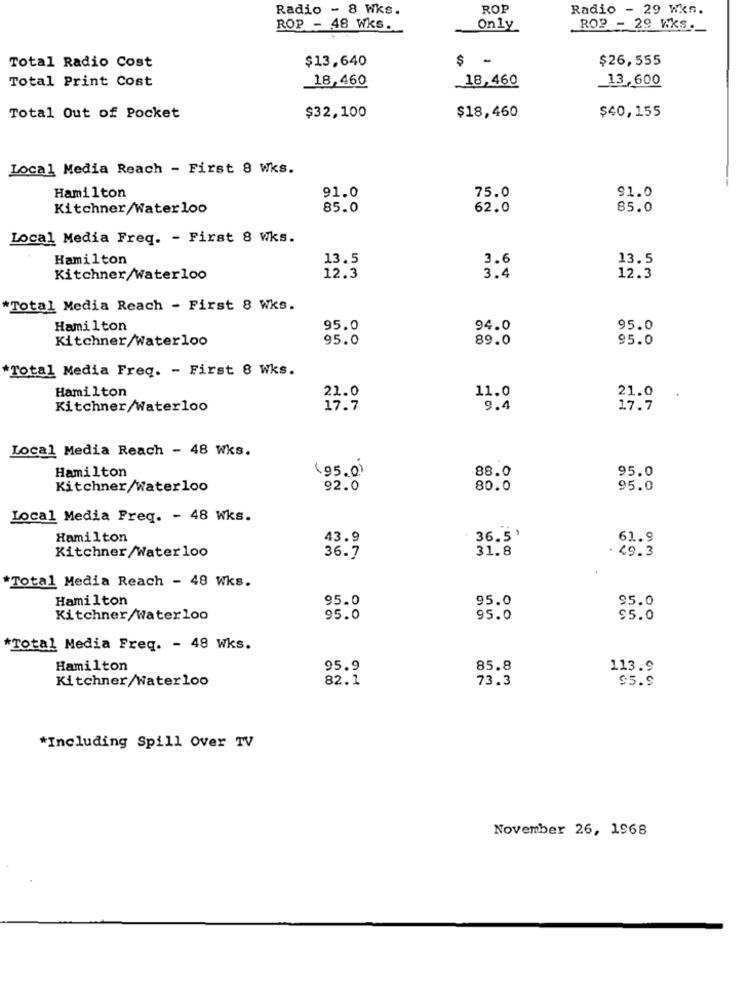
Radio - 8 Wks.
ROP
Radio - 29 Wks.
ROP - 48 WKs.
Only
ROP - 29 Wks.
$13,640
$ -
$26,555
Total Radio Cost
Total Print Cost
18,460
18,460
13 600
$18,460
$40,155
Total Out of Pocket
$32,100
Local Media Reach - First 8 Wks.
Hamilton
91.0
75.0
91.0
Kitchner/Waterloo
85.0
62.0
85.0
Local Media Freq. - First 8 Wks.
Hamilton
13.5
3.6
13.5
Kitchner/Waterloo
12.3
3.4
12.3
*Total Media Reach - First 8 Wks.
Hamilton
95.0
94.0
95.0
Kitchner/Waterloo
95.0
89.0
95.0
*Total Media Freq. - First 8 Wks.
Hamilton
11.0
21.0
21.0
Kitchner/Waterloo
17.7
9.4
17.7
Local Media Reach - 48 Wks.
(95.0)
88.0
95.0
Hamilton
Kitchner/Waterloo
92.0
80.0
95.0
Local Media Freq. - 48 Wks.
Hamilton
43.9
36.5'
61.9
Kitchner/Waterloo
31.8
· 49.3
36.7
*Total Media Reach - 48 Wks.
Hamilton
95.0
95.0
95.0
Kitchner/Waterloo
95.0
95.0
95.0
*Total Media Freq. - 48 Wks.
Hamilton
95.9
85.8
113.9
Kitchner/Waterloo
82.1
73.3
95.9
*Including Spill Over TV
November 26, 1968